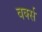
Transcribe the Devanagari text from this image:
वर्क्स